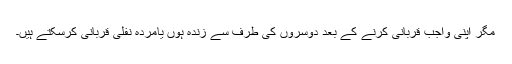
مگر اپنی واجب قربانی کرنے کے بعد دوسروں کی طرف سے زندہ ہوں یامردہ نفلی قربانی کرسکتے ہیں۔